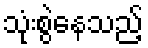
သုံးစွဲနေသည့်